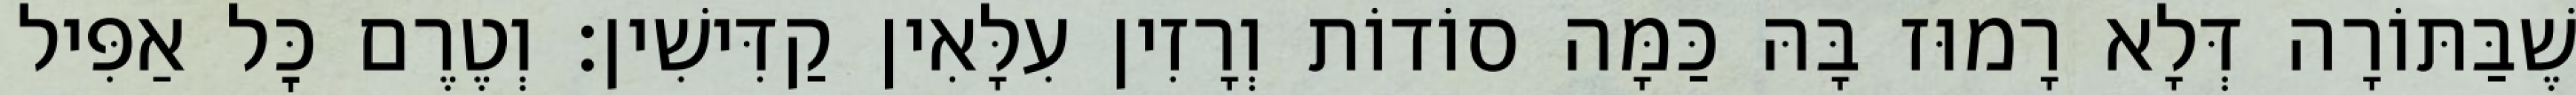
שֶׁבַּתּוֹרָה דְּלָא רָמוּז בָּהּ כַּמָּה סוֹדוֹת וְרָזִין עִלָּאִין קַדִּישִׁין: וְטֶרֶם כׇּל אַפִּיל